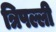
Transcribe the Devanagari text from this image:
त्रिपल्ली